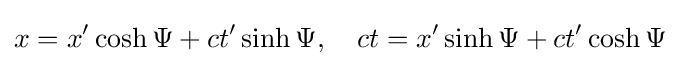
x=x'\cosh \Psi +ct'\sinh \Psi ,\quad ct=x'\sinh \Psi +ct'\cosh \Psi